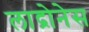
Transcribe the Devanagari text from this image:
लाद्रोनेस